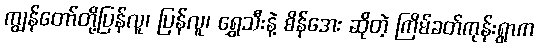
ကျွန်တော်တို့ပြန်လူ၊ ပြန်လူ၊ ရွှေသီးနဲ့ စိန်အေး ဆိုတဲ့ ကြိမ်ခတ်ကုန်းရွာက